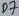
Text: D7